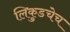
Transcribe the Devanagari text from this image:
लिकुडचेच